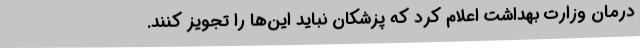
درمان وزارت بهداشت اعلام کرد که پزشکان نباید این‌ها را تجویز کنند.